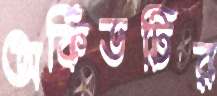
অর্কিডটির